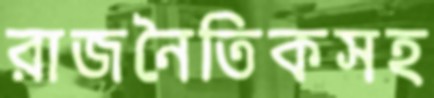
রাজনৈতিকসহ